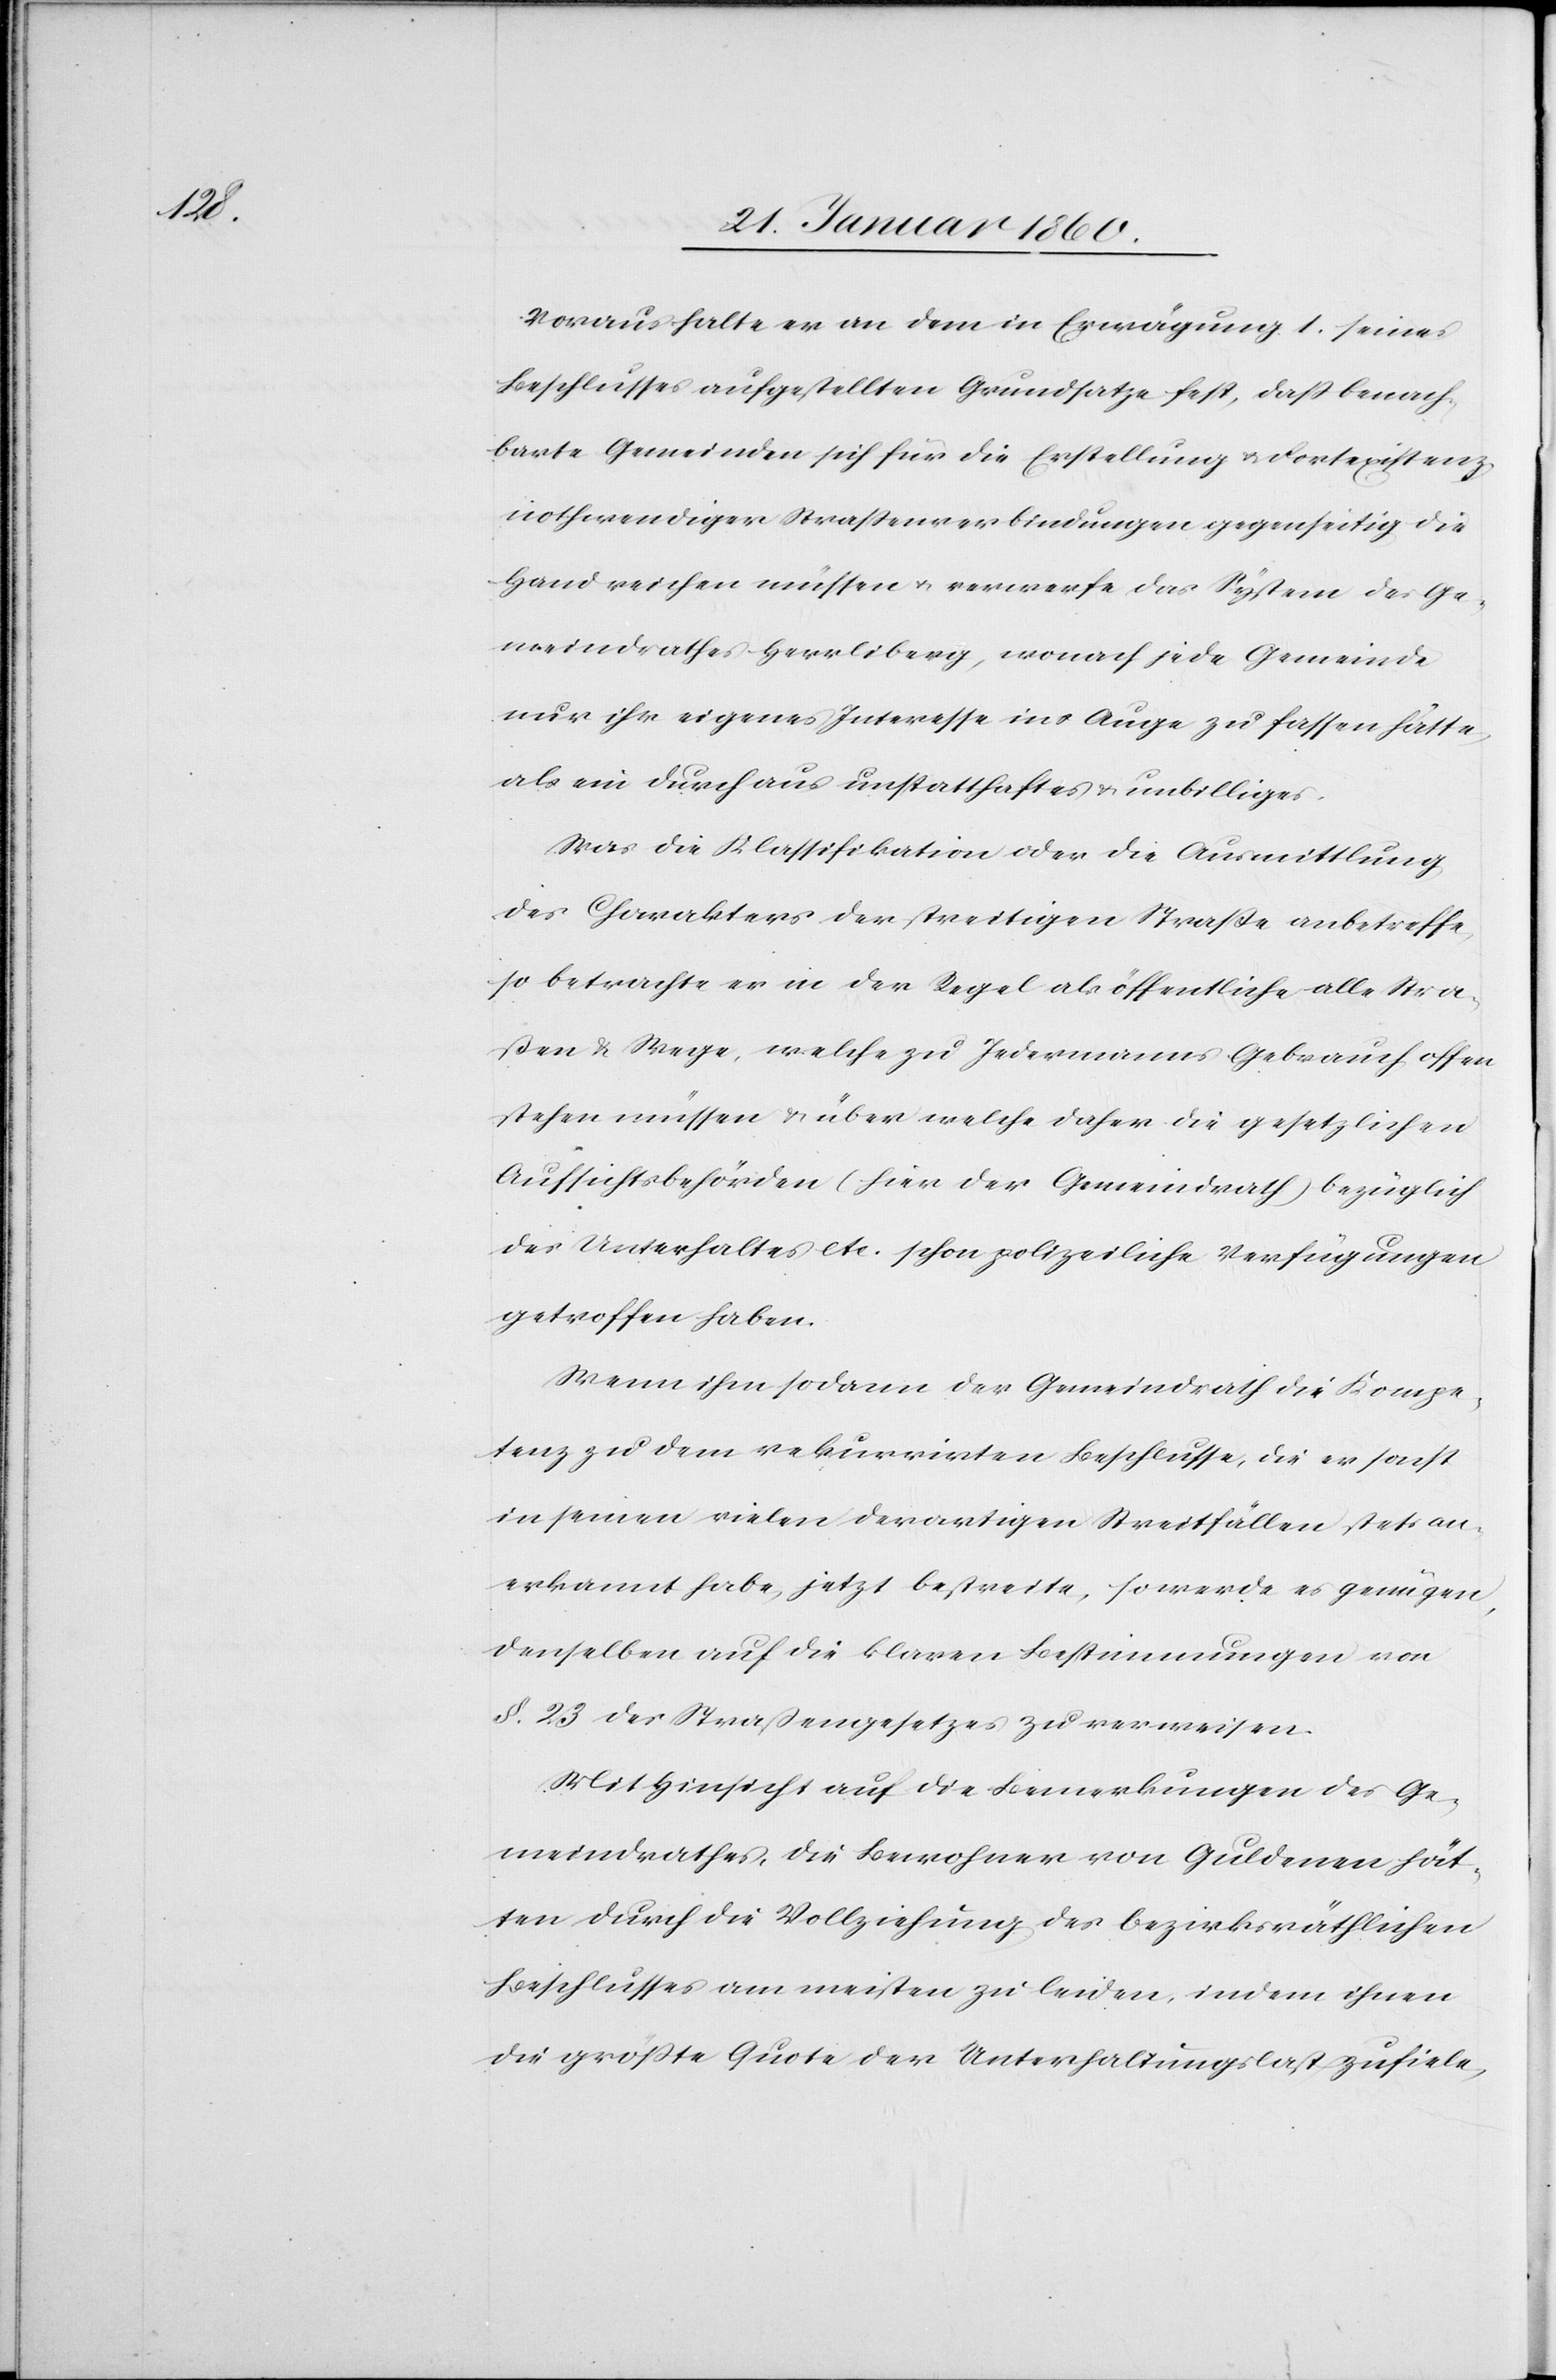
Voraus halte er an dem in Erwägung 1. seines
Beschlusses aufgestellten Grundsatze fest, dass benach¬
barte Gemeinde sich für die Erstellung u. Fortexistenz
nothwendiger Strassenverbindungen gegenseitig die
Hand reichen müssen u. verwerfe das System des Ge¬
meindrathes Herrliberg, wonach jede Gemeinde
nur ihr eigenes Interesse ins Auge zu fassen hätte,
als ein durchaus unstatthaftes u. unbilliges.
Was die Klassifikation oder die Ausmittlung
des Charakters der streitigen Strasse anbetreffe,
so betrachte er in der Regel als öffentliche, alle Stra¬
ssen und Wege, welche zu Jedermanns Gebrauch offen¬
stehen müssen u. über welche daher die gesetzlichen
Aufsichtsbehörden (hier der Gemeindrath) bezüglich
des Unterhaltes etc. schon polizeilich Verfügungen
getroffen haben.
Wenn ihn sodann der Gemeindrath die Kompe¬
tenz zu dem rekurrirten Beschlusse, die er sonst
in seinen vielen derartigen Streitfällen stets an¬
erkannt habe, jetzt bestreite, so werde es genügen,
denselben auf die klaren Bestimmungen von
§. 23. des Strassengesetzes zu verweisen.
Mit Hinsicht auf die Bemerkungen des Ge¬
meindrathes, die Bewohner von Guldenen hät¬
ten durch die Vollziehung des bezirksräthlichen
Beschlusses am meisten zu leiden, indem ihnen
die größte Quote der Unterhaltungslast zufiele,